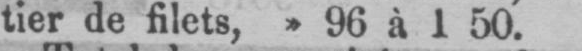
tier de filets, » 96 à 1 50.